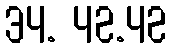
34. 42.42